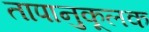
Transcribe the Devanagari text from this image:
तापानुकूलक